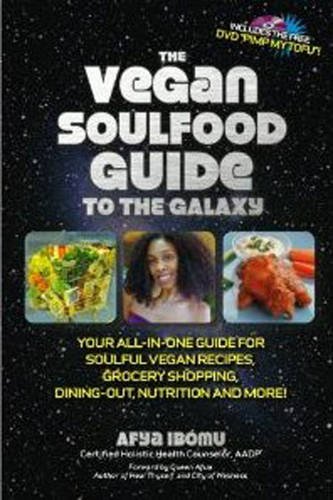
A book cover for The Vegan Soulfood Guide to the Galaxy; Afya Ibomu; Cookbooks, Food & Wine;